Scottish Leaving Certificate Examination, 1955
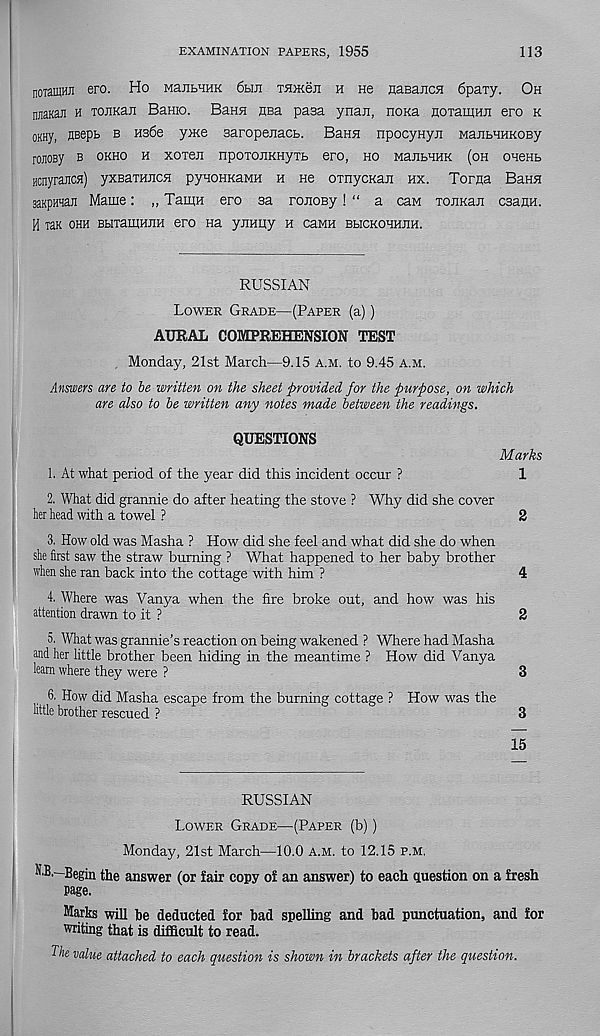
EXAMINATION PAPERS, 1955
113
noiamwi ero. Ho ManbHHK 6hji TSDKeii h ne naBaiicH 6paTy. Oh
niiaKaji h TOEKan BaHio. Bann nea pasa ynan, noxa EOTamnii ero k
oKHy, flBepb b H36e yme saropenacb. Ba.ua. npocynyii MajibHHKOBy
rojioBy b okho h xoien npoxojiKHyib ero, ho manhumi (oh oneHb
Hcnyrajicn) yxBaxHJicH pyHOHKaMH h hc oxnycKaE hx. Toma Bann
saKpfflaE Marne: ,, TauiH ero sa ronoBy! “ a caw xoiiKaji csaiiH.
H iaK ohh BbixamHUH ero na yjiHpy h caMH bhckohhjih.
RUSSIAN
Lower Grade—(Paper (a))
AURAL COMPREHENSION TEST
Monday, 21st March—9.15 a.m. to 9.45 a.m.
Answers are to be written on the sheet provided for the purpose, on which
are also to be written any notes made between the readings.
QUESTIONS
Marks
1. At what period of the year did this incident occur ?
1
2. What did grannie do after heating the stove ? Why did she cover
her head with a towel ?
2
3. How old was Masha ? How did she feel and what did she do when
she first saw the straw burning ? What happened to her baby brother
when she ran back into the cottage with him ?
4
4. Where was Vanya when the fire broke out, and how was his
attention drawn to it ?
2
5. What was grannie's reaction on being wakened ? Where had Masha
and her little brother been hiding in the meantime ? How did Vanya
learn where they were ?
3
6. How did Masha escape from the burning cottage ? How was the
httle brother rescued ?
3
15
RUSSIAN
Lower Grade—(Paper (b) )
Monday, 21st March—10.0 a.m. to 12.15 p.m.
HB.- Begin the answer (or fair copy of an answer) to each question on a fresh
page.
Marks will he deducted for had spelling and bad punctuation, and for
writing that is difficult to read.
The value attached to each question is shown in brackets after the question.